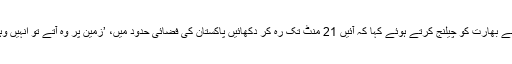
اس موقع پر ڈی جی آئی ایس پی آر نے بھارت کو چیلنج کرتے ہوئے کہا کہ آئیں 21 منٹ تک رہ کر دکھائیں پاکستان کی فضائی حدود میں، ’زمین پر وہ آتے تو انہیں وہی جواب ملتا جو ہم نے پلان کیا تھا۔